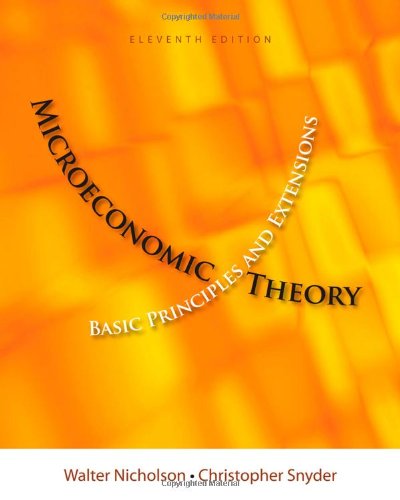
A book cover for Microeconomic Theory: Basic Principles and Extensions (with Economic Applications, InfoTrac Printed Access Card) (Upper Level Economics Titles); Walter Nicholson; Business & Money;